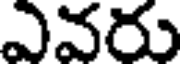
ఎవరు